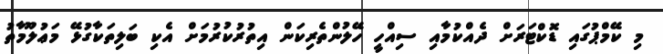
މި ކޭމްޕުގައި ޑޮކްޓަރަށް ދެއްކުމާއި ސިއްހީ ހޭލުންތެރިކަން އިތުރުކުރުމަށް އެކި ބަލިތަކާގުޅޭ މަޢުލޫމާތު